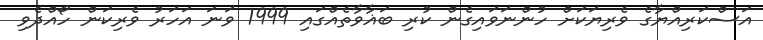
އަސްކަރިއްޔާގެ ވެރިޔަކަށް ހުންނަވައިގެން ކުރި ބަޣާވާތެއްގައި 1999 ވަނަ އަހަރު ވެރިކަން ހޯއްދެވި